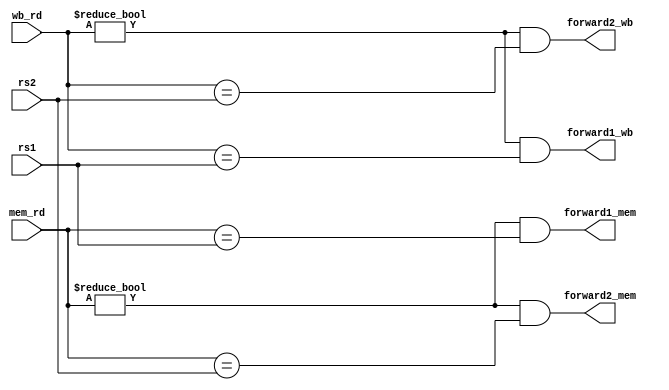

module forward_control (
    input [4:0] mem_rd,
    input [4:0] wb_rd,
    input [4:0] rs1,
    input [4:0] rs2,
    output forward1_mem,
    output forward2_mem,
    output forward1_wb,
    output forward2_wb
);
    assign forward1_mem = (mem_rd != 0) && (mem_rd == rs1);
    assign forward2_mem = (mem_rd != 0) && (mem_rd == rs2);
    assign forward1_wb = (wb_rd != 0) && (wb_rd == rs1);
    assign forward2_wb = (wb_rd != 0) && (wb_rd == rs2);
endmodule

module forward #(
    parameter XLEN = 32
)(
    input [4:0] mem_rd,
    input [4:0] wb_rd,
    input [4:0] rs1,
    input [4:0] rs2,
    input [XLEN - 1:0] ex_rs1,
    input [XLEN - 1:0] ex_rs2,
    input [XLEN - 1:0] mem_rd_reg,
    input [XLEN - 1:0] wb_rd_reg,
    output [XLEN - 1:0] rs1_reg,
    output [XLEN - 1:0] rs2_reg
);
    wire forward1_mem;
    wire forward2_mem;
    wire forward1_wb;
    wire forward2_wb;

    forward_control forward_control_inst(
        .mem_rd(mem_rd),
        .wb_rd(wb_rd),
        .rs1(rs1),
        .rs2(rs2),
        .forward1_mem(forward1_mem),
        .forward2_mem(forward2_mem),
        .forward1_wb(forward1_wb),
        .forward2_wb(forward2_wb)
    );

    assign rs1_reg = forward1_mem ? mem_rd_reg : forward1_wb ? wb_rd_reg : ex_rs1;
    assign rs2_reg = forward2_mem ? mem_rd_reg : forward2_wb ? wb_rd_reg : ex_rs2;
endmodule